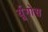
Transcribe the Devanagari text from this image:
र्यूगोस